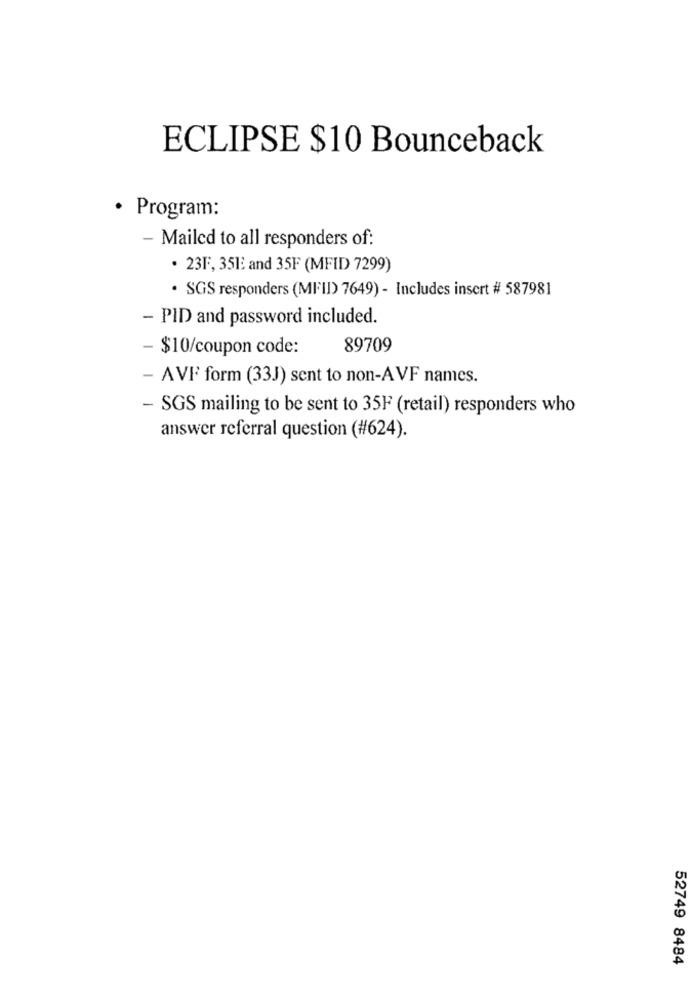
ECLIPSE $10 Bounceback
· Program:
- Mailed to all responders of:
· 23FF, 3513 and 35F (MFID 7299)
. SGS responders (MFII) 7649) - Includes insert # 587981
- PID and password included.
- $10/coupon code:
89709
- AVF form (33J) sent to non-AVF names.
- SGS mailing to be sent to 35F (retail) responders who
answer referral question (#624).
52749 8484